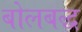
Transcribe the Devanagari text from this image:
बोलबद्ध